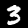
Digit: 3